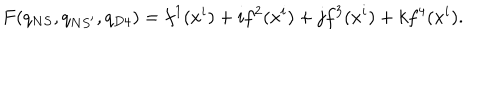
LaTeX: F ( q _ { N S } , q _ { N S ^ { \prime } } , q _ { D 4 } ) = f ^ { 1 } ( x ^ { i } ) + i f ^ { 2 } ( x ^ { i } ) + j f ^ { 3 } ( x ^ { i } ) + k f ^ { 4 } ( x ^ { i } ) .